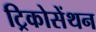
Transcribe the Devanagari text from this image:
ट्रिकोसेंथन